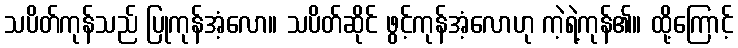
သပိတ်ကုန်သည် ပြုကုန်အံ့လော။ သပိတ်ဆိုင် ဖွင့်ကုန်အံ့လောဟု ကဲ့ရဲ့ကုန်၏။ ထို့ကြောင့်